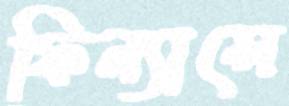
ফিন্যান্সে